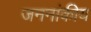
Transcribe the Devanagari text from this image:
जननांकीय